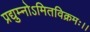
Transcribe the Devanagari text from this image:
प्रद्युम्नोऽमितविक्रमः।।